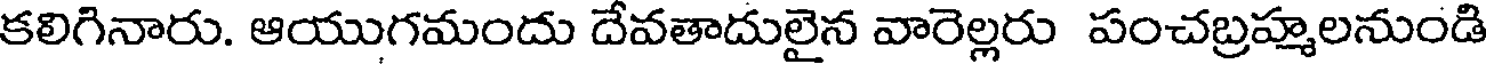
కలిగినారు. ఆయుగమందు దేవతాదులైన వారెల్లరు పంచబ్రహ్మలనుండి